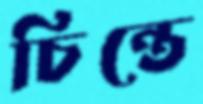
চিন্তে